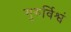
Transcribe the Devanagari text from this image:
गुरुर्विश्वं